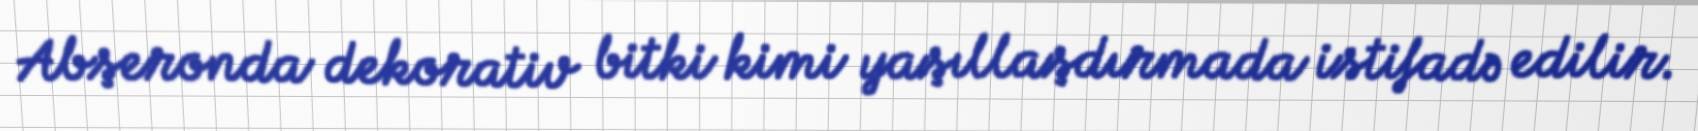
Abşeronda dekorativ bitki kimi yaşıllaşdırmada istifadə edilir.